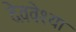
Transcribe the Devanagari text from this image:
देववेश्या